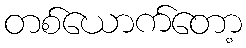
တစ်ယောက်တော့